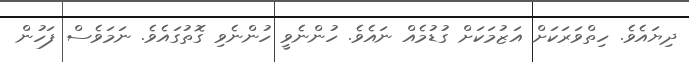
ދިޔައެވެ. ހިތްވަރަކަށް އަޒުމަކަށް ގުޑުމެއް ނައެވެ. ހުންނެވީ ހުންނެވި ގޮތުގައެވެ. ނަމަވެސް ފަހުން